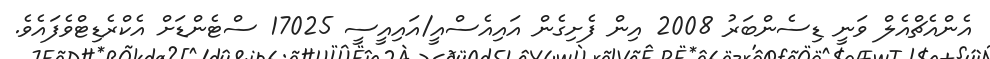
އެންއެޗްއެލް ވަނީ ޑިސެންބަރު 2008 އިން ފެށިގެން އައިއެސްއީ/އައިއީސީ 17025 ސްޓެންޑަށް އެކްރެޑިޓްވެފައެވެ.